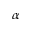
\alpha